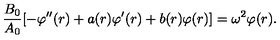
{ \frac { B _ { 0 } } { A _ { 0 } } } [ - \varphi ^ { \prime \prime } ( r ) + a ( r ) \varphi ^ { \prime } ( r ) + b ( r ) \varphi ( r ) ] = \omega ^ { 2 } \varphi ( r ) .